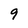
Character: 9